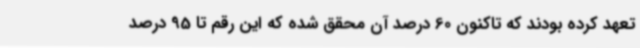
تعهد کرده بودند که تاکنون 60 درصد آن محقق شده که این رقم تا 95 درصد